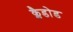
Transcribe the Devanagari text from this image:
क्लैडोड